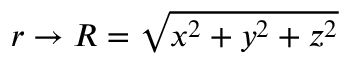
r \to R = { \sqrt { x ^ { 2 } + y ^ { 2 } + z ^ { 2 } } }